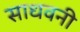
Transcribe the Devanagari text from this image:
साधवनी